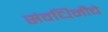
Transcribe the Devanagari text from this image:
संवर्धिनीचे